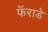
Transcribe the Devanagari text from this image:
फॅराडे